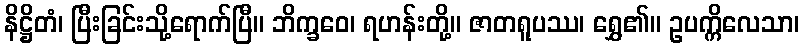
နိဋ္ဌိတံ၊ ပြီးခြင်းသို့ရောက်ပြီ။ ဘိက္ခဝေ၊ ရဟန်းတို့။ ဇာတရူပဿ၊ ရွှေ၏။ ဥပက္ကိလေသာ၊